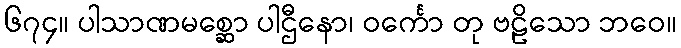
၆၇၄။ ပါသာဏမစ္ဆော ပါဌီနော၊ ဝင်္ကော တု ဗဠိသော ဘဝေ။